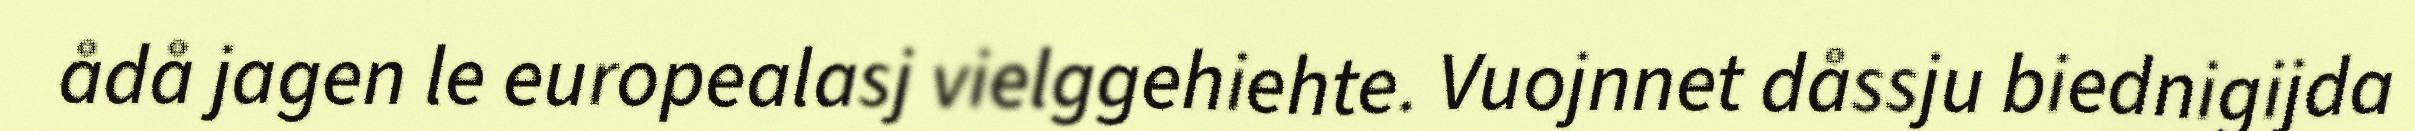
ådå jagen le europealasj vielggehiehte. Vuojnnet dåssju biednigijda